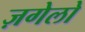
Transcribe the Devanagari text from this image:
ज़गेलो